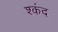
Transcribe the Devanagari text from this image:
श्कंद